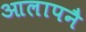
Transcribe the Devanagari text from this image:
आलापनै